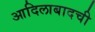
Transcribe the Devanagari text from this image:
आदिलाबादची